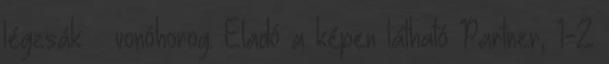
légzsák – vonóhorog. Eladó a képen látható Partner, 1-2